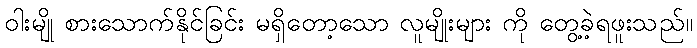
ဝါးမျို စားသောက်နိုင်ခြင်း မရှိတော့သော လူမျိုးများ ကို တွေ့ခဲ့ရဖူးသည်။